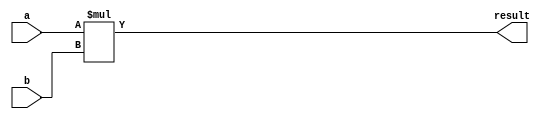
module signed_multiplier (
    input signed [31:0] a,
    input signed [31:0] b,
    output signed [63:0] result
);

assign result = a * b;

endmodule